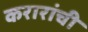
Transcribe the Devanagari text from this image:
करारांची